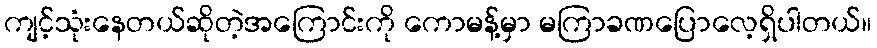
ကျင့်သုံးနေတယ်ဆိုတဲ့အကြောင်းကို ကောမန့်မှာ မကြာခဏပြောလေ့ရှိပါတယ်။